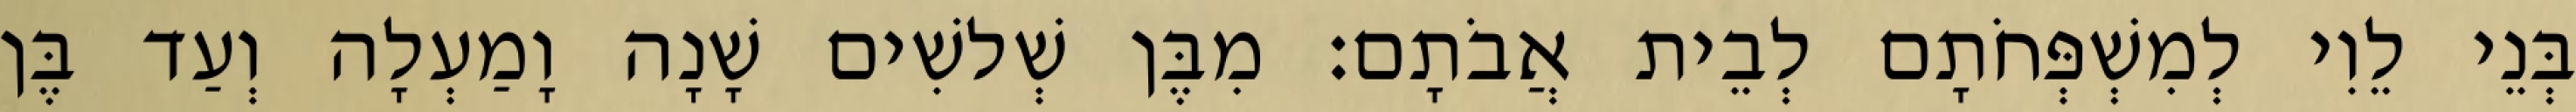
בְּנֵי לֵוִי לְמִשְׁפְּחֹתָם לְבֵית אֲבֹתָם׃ מִבֶּן שְׁלשִׁים שָׁנָה וָמַעְלָה וְעַד בֶּן